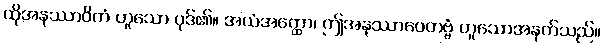
ထိုအနုဿာဝိတံ ဟူသော ပုဒ်၏။ အယံအတ္ထော၊ ဤအနုဿာဝေတဗ္ဗံ ဟူသောအနက်သည်။